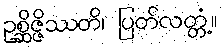
ဥစ္ဆိဇ္ဇိဿတိ၊ ပြတ်လတ္တံ့။